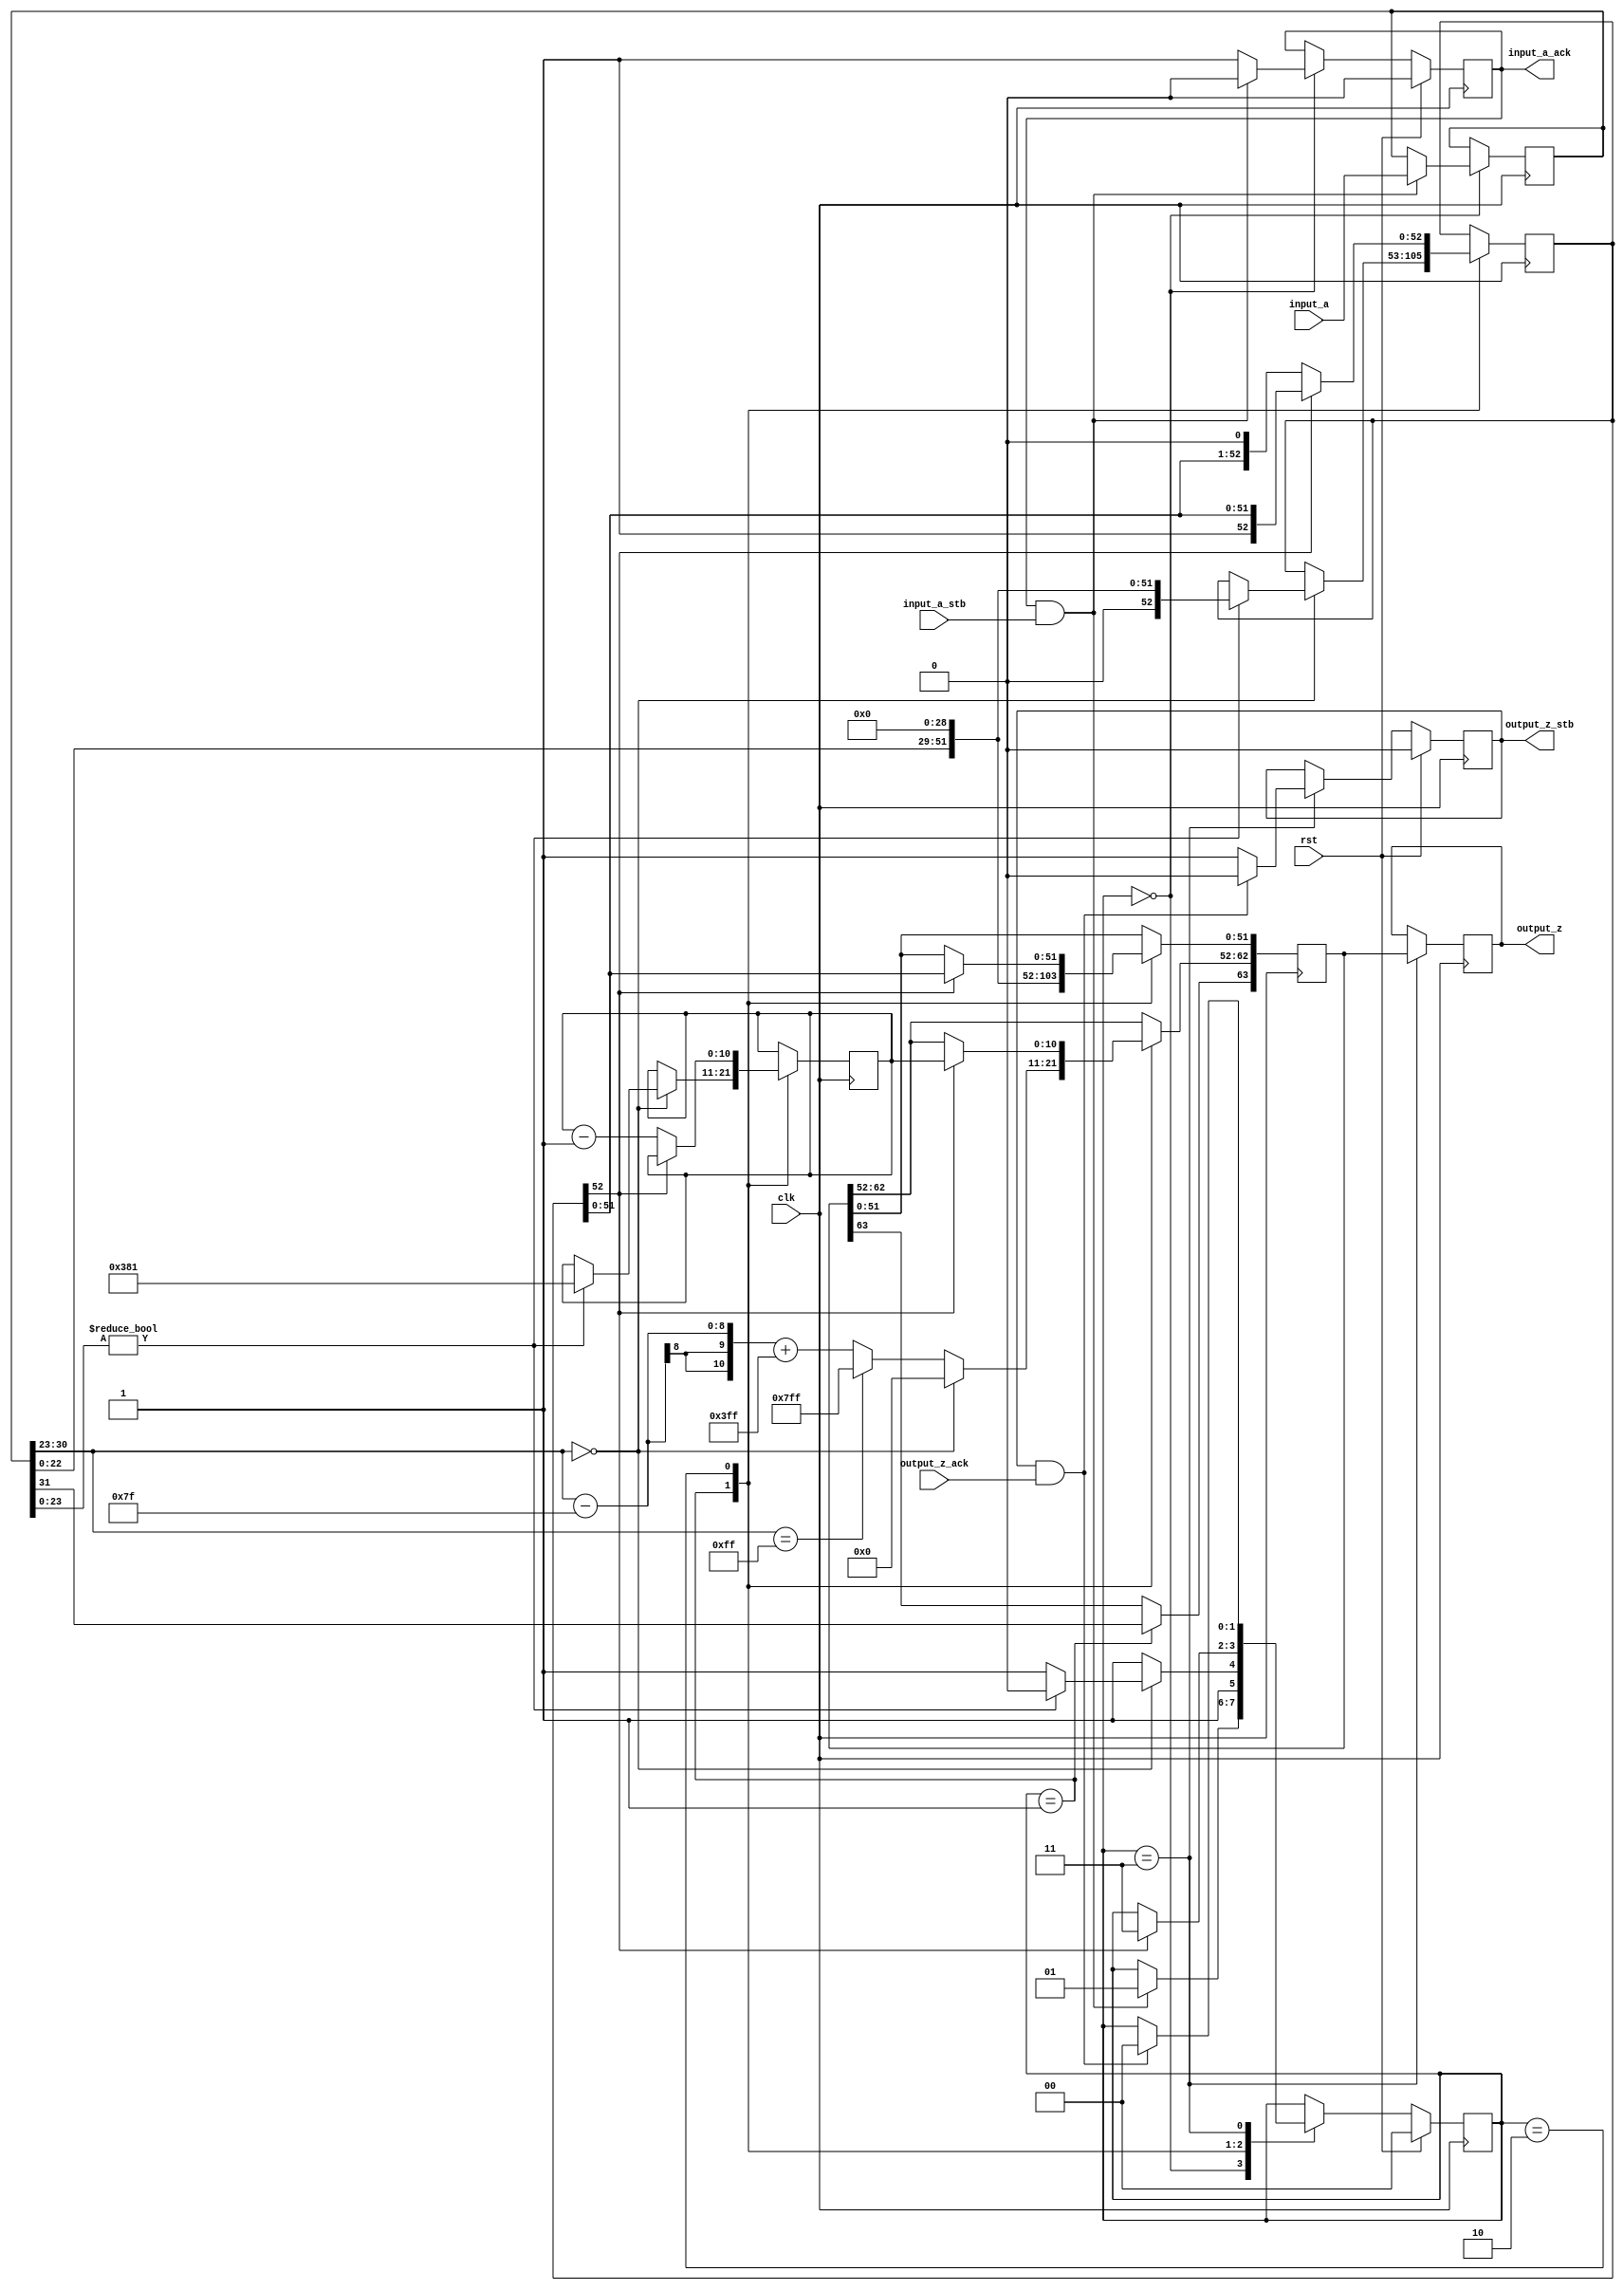
//Integer to IEEE Floating Point Converter (Double Precision)
//Copyright (C) Jonathan P Dawson 2013
//2013-12-12
module float_to_double(
        input_a,
        input_a_stb,
        output_z_ack,
        clk,
        rst,
        output_z,
        output_z_stb,
        input_a_ack);

  input     clk;
  input     rst;

  input     [31:0] input_a;
  input     input_a_stb;
  output    input_a_ack;

  output    [63:0] output_z;
  output    output_z_stb;
  input     output_z_ack;

  reg       s_output_z_stb;
  reg       [63:0] s_output_z;
  reg       s_input_a_ack;
  reg       s_input_b_ack;

  reg       [1:0] state;
  parameter get_a         = 3'd0,
            convert_0     = 3'd1,
            normalise_0   = 3'd2,
            put_z         = 3'd3;

  reg [63:0] z;
  reg [10:0] z_e;
  reg [52:0] z_m;
  reg [31:0] a;

  always @(posedge clk)
  begin

    case(state)

      get_a:
      begin
        s_input_a_ack <= 1;
        if (s_input_a_ack && input_a_stb) begin
          a <= input_a;
          s_input_a_ack <= 0;
          state <= convert_0;
        end
      end

      convert_0:
      begin
        z[63] <= a[31];
        z[62:52] <= (a[30:23] - 127) + 1023;
        z[51:0] <= {a[22:0], 29'd0};
        if (a[30:23] == 255) begin
            z[62:52] <= 2047;
        end
        state <= put_z;
        if (a[30:23] == 0) begin
            if (a[23:0]) begin
                state <= normalise_0;
                z_e <= 897;
                z_m <= {1'd0, a[22:0], 29'd0};
            end
            z[62:52] <= 0;
        end
      end

      normalise_0:
      begin
        if (z_m[52]) begin
          z[62:52] <= z_e;
          z[51:0] <= z_m[51:0];
          state <= put_z;
        end else begin
          z_m <= {z_m[51:0], 1'd0};
          z_e <= z_e - 1;
        end
      end

      put_z:
      begin
        s_output_z_stb <= 1;
        s_output_z <= z;
        if (s_output_z_stb && output_z_ack) begin
          s_output_z_stb <= 0;
          state <= get_a;
        end
      end

    endcase

    if (rst == 1) begin
      state <= get_a;
      s_input_a_ack <= 0;
      s_output_z_stb <= 0;
    end

  end
  assign input_a_ack = s_input_a_ack;
  assign output_z_stb = s_output_z_stb;
  assign output_z = s_output_z;

endmodule